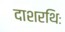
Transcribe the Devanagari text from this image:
दाशरथिः